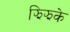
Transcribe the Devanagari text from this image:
झिझके